Medical and sanitary report of the native army of Madras for the year
Year: 1875
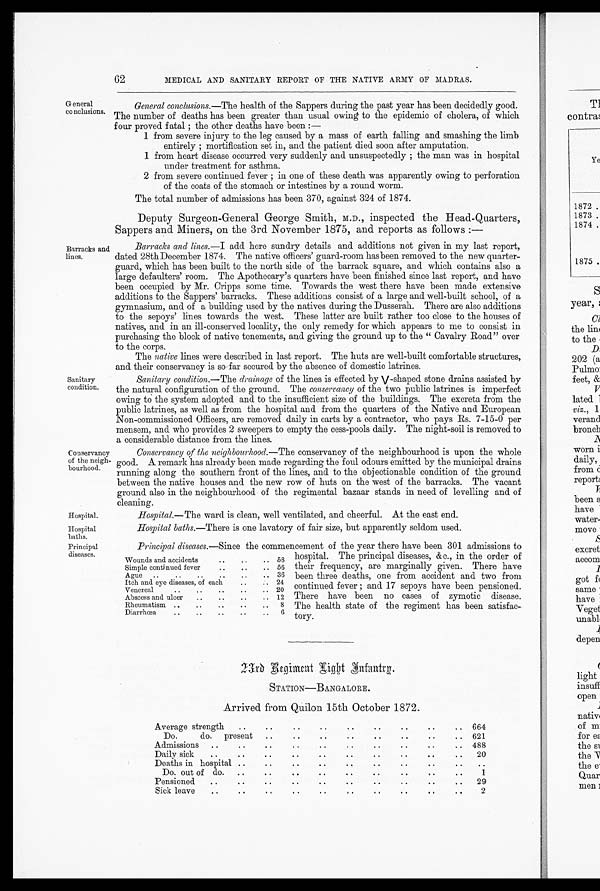
General
conclusions.
Barracks and
lines.
Sanitary
condition.
Conservancy
of the neigh-
bourhood.
Hospital
Hospital baths.
.
Principal
diseases.
light
insuff
open
nativ(
of
for es
the Si
the
thee
Quar
men 3
62
MEDICAL AND SANITARY REPORT OF THE NATIVE ARMY OF MADRAS.
General conclusions.—The health of the Sappers during the past year has been decidedly good.
The number of deaths has been greater than usual owing to the epidemic of cholera, of which
four proved fatal ; the other deaths have been :-
1 from severe injury to the leg caused by a mass of earth falling and smashing the limb
entirely ; mortification set in, and the patient died soon after amputation.
1 from heart disease occurred very suddenly and unsuspectedly ; the man was in hospital
under treatment for asthma.
2 from severe continued fever ; in one of these death was apparently owing to perforation
of the coats of the stomach or intestines by a round worm.
The total number of admissions has been 370, against 324 of 1874.
Deputy Surgeon-General George Smith, M.D., inspected the Head-Quarters,
Sappers and Miners, on the 3rd November 1875, and reports as follows :—
Barracks and lines.—I add here sundry details and additions not given in my last report,
dated 28thDecember 1874. The native officers' guard-room has been removed to the new quarter-
guard, which has been built to the north side of the barrack square, and which contains also a
large defaulters' room. The Apothecary's quarters have been finished since last report, and have
been occupied by Mr. Cripps some time. Towards the west there have been made extensive
additions to the Sappers' barracks. These additions consist of a large and well-built school, of a
gymnasium, and of a building used by the natives during the Dusserah. There are also additions
to the sepoys' lines towards the west. These latter are built rather too close to the houses of
natives, and in an ill-conserved locality, the only remedy for which appears to me to consist in
purchasing the block of native tenements, and giving the ground up to the " Cavalry Road" over
to the corps.
The native lines were described in last report. The huts are well-bunt comfortable structures,
and their conservancy is so . far secured by the absence of domestic latrines.
S'anitary condition.— The drainage of the lines is effected by V -shaped stone drains assisted
b y t h e n a t u r a l c o n f i g u r a t i o n o f t h e g r o u n d . T h ec
o n s e r v a n c y
o f t h e t w o p u b l i c l a t r i n e s i s i m p e r f e c t
owing to the system adopted and to the insufficient size of the buildings. The excreta, from the
public latrines, as well as from the hospital and from the quarters of the Native and European
Non-commissioned Officers, are removed daily in carts by a contractor, who pays Rs. 7-15-0 per
mensem, and who provides 2 sweepers to empty the cess-pools daily. The night-soil is removed ti
a considerable distance from the lines.
conservancy of the neighbourhood.— The conservancy of the neighbourhood is upon the whole
good. A remark has already been made regarding the foul odours emitted by the municipal drains
running along the southern front of the lines, and to the objectionable condition of the ground
between the native houses and the new row of huts on the west of the barracks. The vacant
ground also in the neighbourhood of the regimental bazaar stands in need of levelling and of
cleaning.
Hospital.— The ward is clean, well ventilated, and cheerful. At the east end.
Hospital baths.— There is one lavatory of fair size, but apparently seldom used.
Principal diseases.—Since the commencement of the year there have been 301 admissions to
_
_
_
i
hospital. The principal diseases, &c., in the order of
their frequency, are marginally given. There have
been three deaths, one from accident and two from
continued fever ; and 17 sepoys have been pensioned.
There have been no cases of zymotic disease.
The health state of the regiment has been satisfac-
tory.
T1
contra
Ye
1872 .
1873 .
1874 .
Wounds and accidents
. .
. . 58
Simple continued fever
..
..
.. 56
Ague
..
..
..
..
..
.. 36
Itch and eye diseases, of each
..
. . 24
Venereal
. .
. . 20
Abscess and ulcer
..
..
..
.. 12
Rheumatism ..
..
..
..
..
8
Diarrhoea
..
..
..
..
..
6
2 3 r d R e g i m e n t L i g h t I n f a n t r y
STATION—BANGALORE.
Arrived from Quilon 15th October 1872.
Average strength
..
. .
. .
. .
. .
. .
..
..
..
664
Do.
do.
present
..
. .
. .
. .
..
..
..
..
621
Admissions
..
. .
. .
. .
. .
. .
. .
. .
..
..
488
Daily sick
..
. .
. .
..
..
. .
. .
. .
. .
..
20
Deaths in hospital ..
. .
..
..
..
..
..
..
..
Do. out of do.
..
. .
. .
..
.
.
. .
. .
. .
.
.
1
Pensioned
..
. .
. .
.
..
..
.
.
..
, .
..
29
Sick leave
..
. .
. ,
..
, .
..
..
. ,
..
2